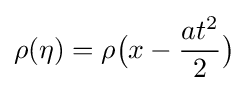
\rho (\eta )=\rho {\big (}x-{\frac {at^{2}}{2}}{\big )}